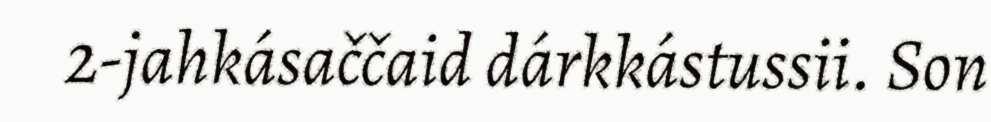
2-jahkásaččaid dárkkástussii. Son